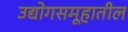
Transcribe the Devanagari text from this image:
उद्योगसमूहातील